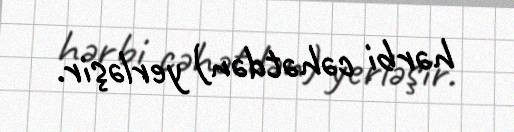
hərbi cəhətdən) yerləşir.